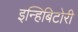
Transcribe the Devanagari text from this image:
इन्हिबिटोरी